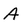
Character: A